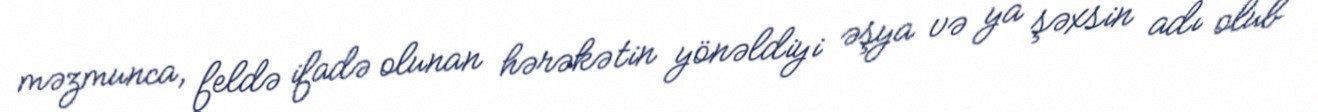
məzmunca, feldə ifadə olunan hərəkətin yönəldiyi əşya və ya şəxsin adı olub